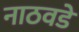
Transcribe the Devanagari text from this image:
नाठवडे